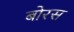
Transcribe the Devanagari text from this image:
बोरस